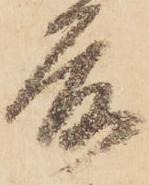
前